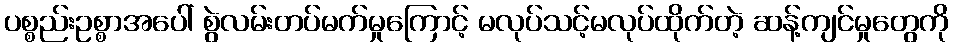
ပစ္စည်းဥစ္စာအပေါ် စွဲလမ်းတပ်မက်မှုကြောင့် မလုပ်သင့်မလုပ်ထိုက်တဲ့ ဆန့်ကျင်မှုတွေကို